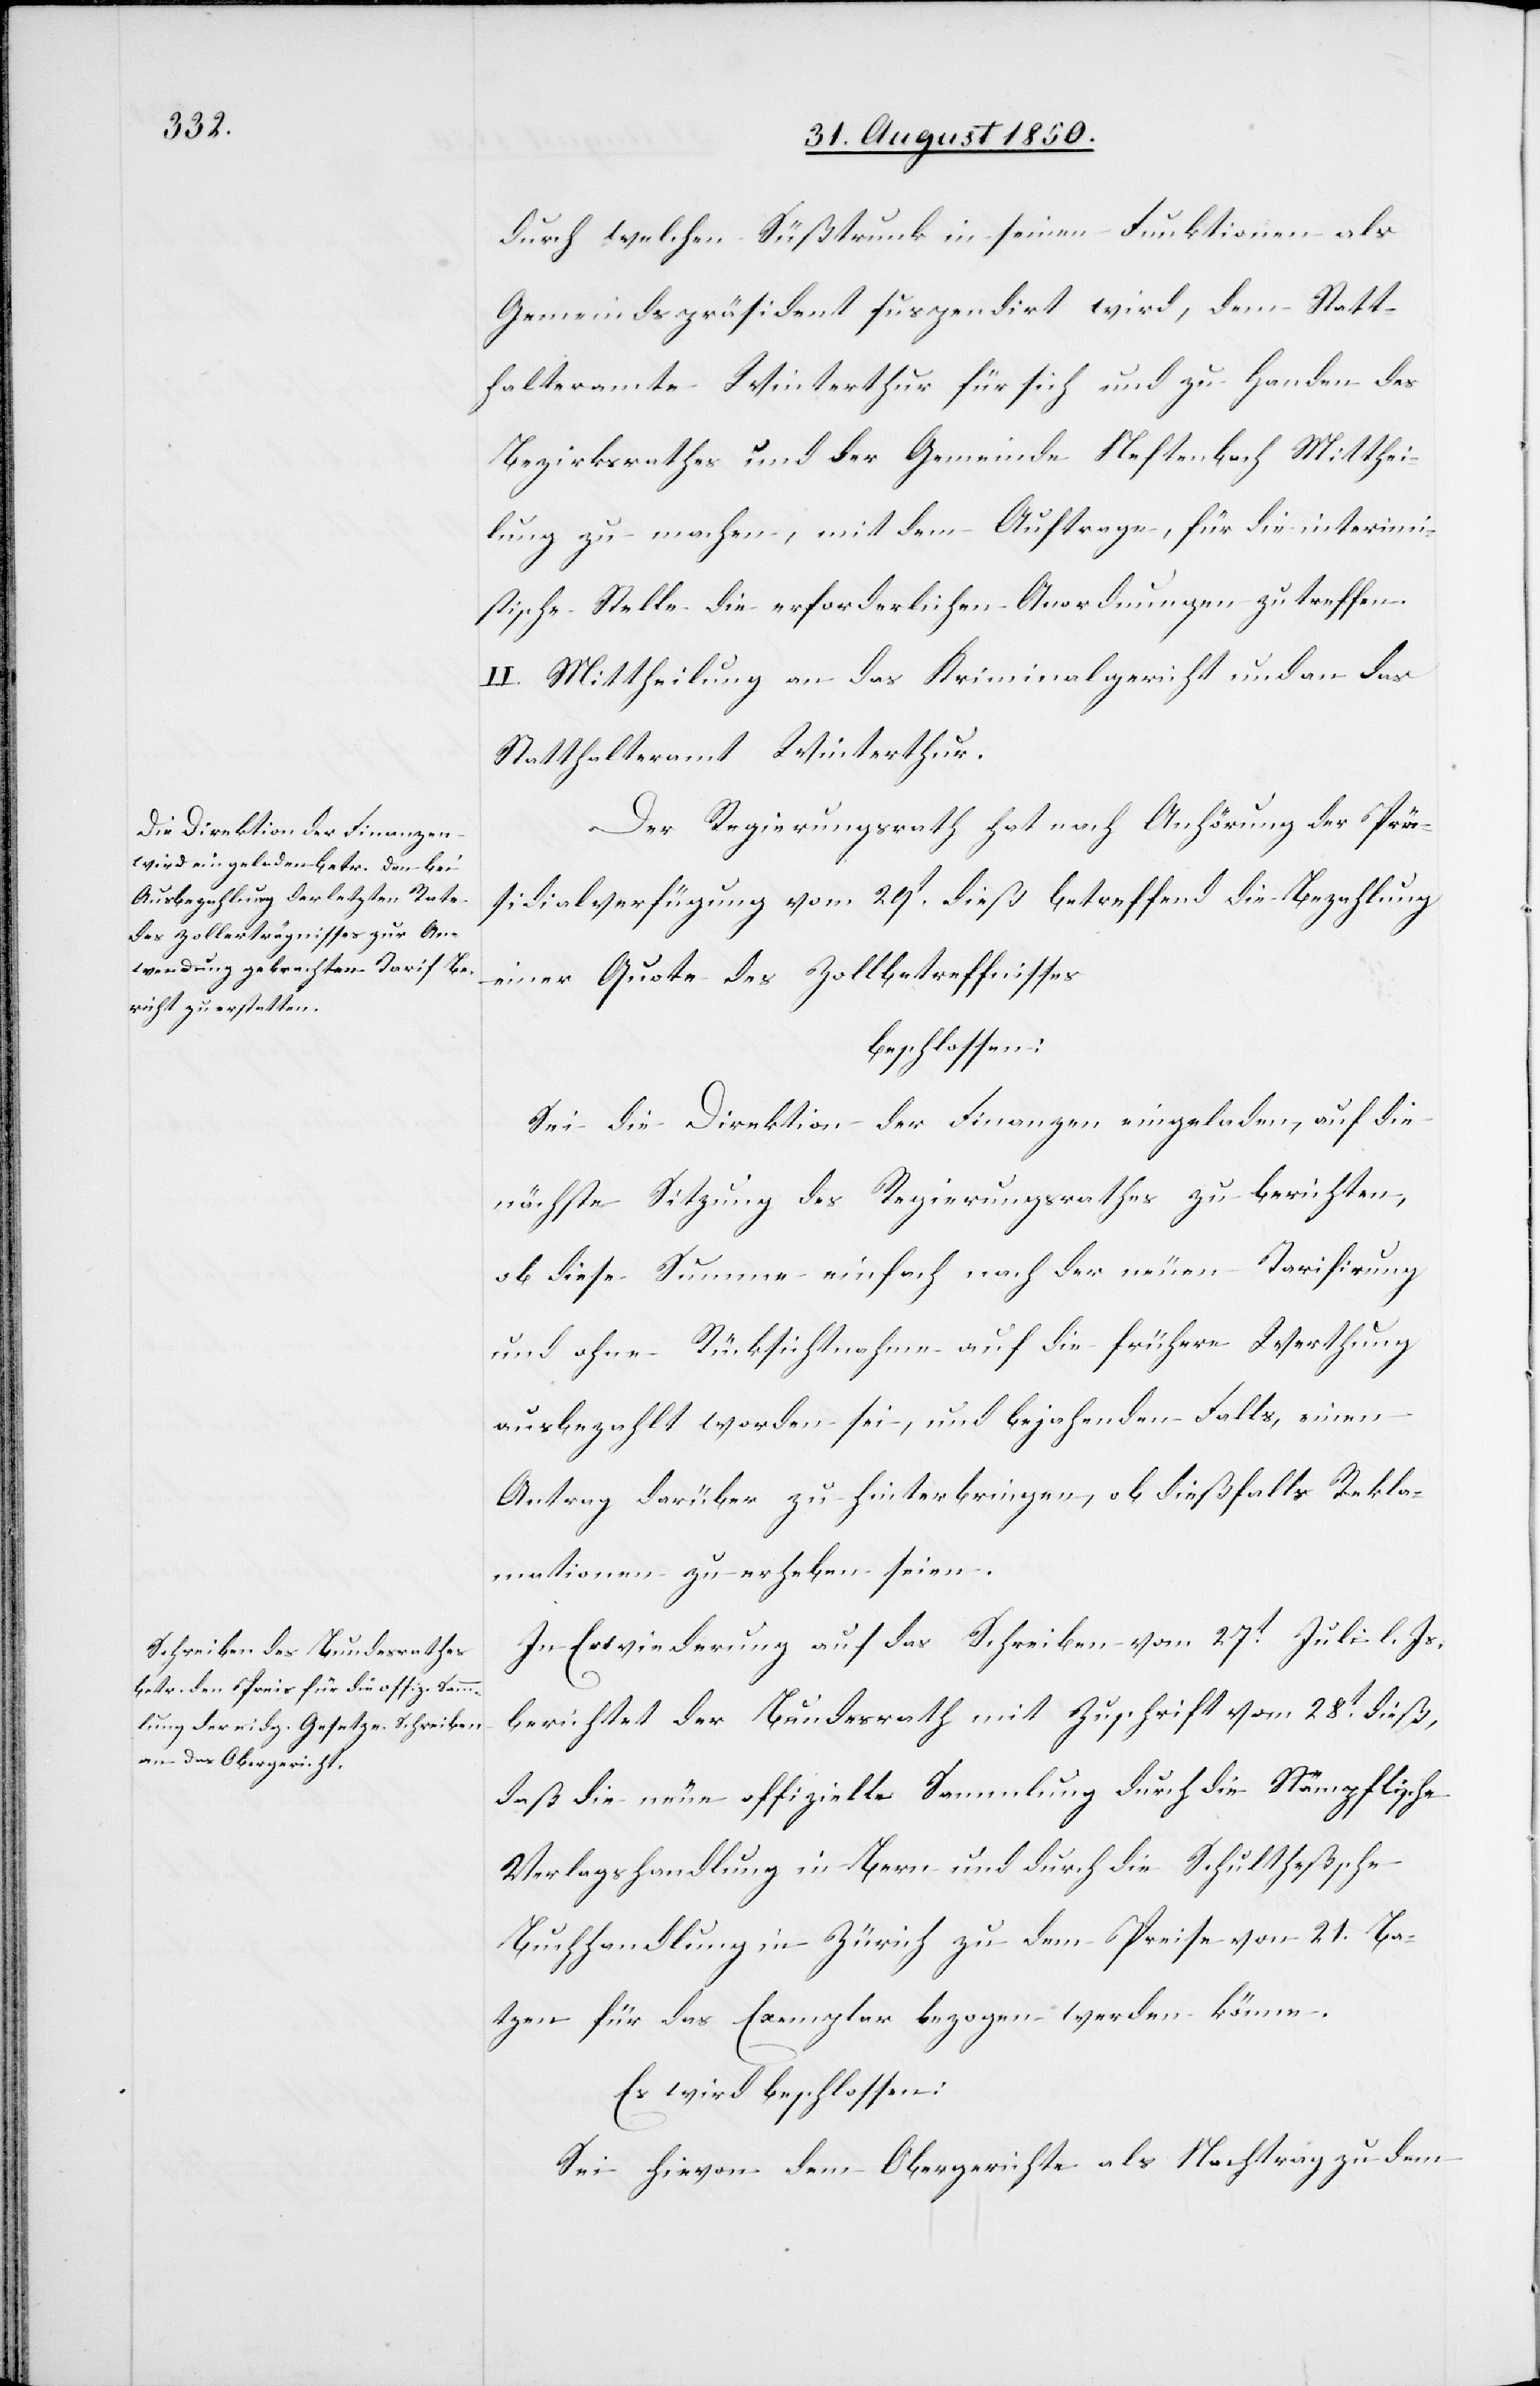
durch welchen Süßtrunk in seinen Funktionen als
Gemeindspräsident suspendirt wird, dem Statt¬
halteramte Winterthur für sich und zu Handen des
Bezirkrathes und der Gemeinde Neftenbach Mitthei¬
lung zu machen, mit dem Auftrage, für die interimi¬
stische Stelle [sic!] die erforderlichen Anordnungen zu treffen.
II. Mittheilung an das Kriminalgericht und an das
Statthalteramt Winterthur.
Der Regierungsrath hat nach Anhörung der Prä¬
sidialverfügung vom 29t dieß betreffend die Bezahlung
einer Quote des Zollbetreffnisses
beschlossen.
Sei die Direktion der Finanzen eingeladen, auf die
nächste Sitzung des Regierungsrathes zu berichten,
ob diese Summe einfach nach der neuen Tarifirung
und ohne Rücksichtnahme auf die frühere Werthung
ausbezahlt worden sei, und bejahenden Falls, einen
Antrag darüber zu hinterbringen, ob dießfalls Rekla¬
mationen zu erheben seien.
In Erwiederung auf das Schreiben vom 27t Juli l. Js.
berichtet der Bundesrath mit Zuschrift vom 28t dieß,
daß die neue offizielle Sammlung durch die Stämpflische
Verlagshandlung in Bern und durch die Schultheßsche
Buchhandlung in Zürich zu dem Preise von 21. Ba¬
tzen für das Exemplar bezogen werden könne.
Es wird beschlossen:
Sei hievon dem Obergerichte als Nachtrag zu dem